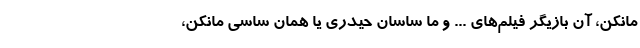
مانکن، آن بازیگر فیلم‌های ... و ما ساسان حیدری یا همان ساسی مانکن،